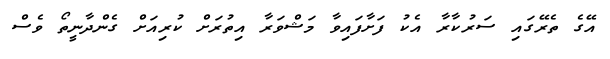
އޭގެ ތެރޭގައި ސަރުކާރާ އެކު ފަށާފައިވާ މަޝްވަރާ އިތުރަށް ކުރިއަށް ގެންދާނީތޯ ވެސް